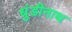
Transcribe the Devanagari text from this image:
धुंडीनाथ